Leaving Certificate Examination, 1916
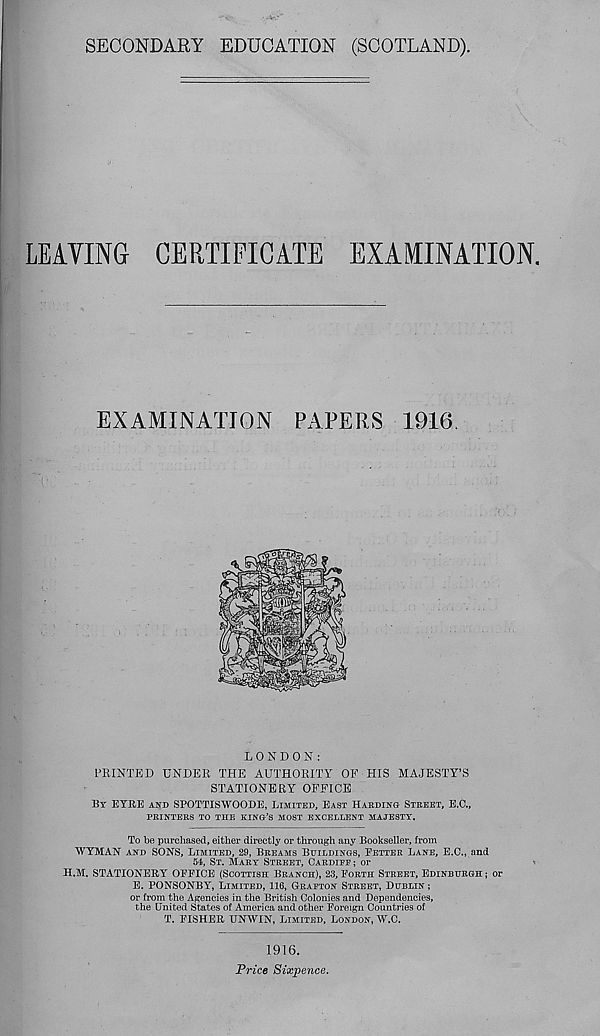
SECONDARY EDUCATION (SCOTLAND),
LEAVING CERTIFICATE EXAMINATION.
EXAMINATION PAPERS 1916.
LONDON:
PRINTED UNDER THE AUTHORITY OF HIS MAJESTY’S
STATIONERY OFFICE
BY EYRE AND SPOTTISWOODE, LIMITED, EAST HARDING STREET, E.C.,
PRINTERS TO THE KING’S MOST EXCEILENT MAJESTY.
To be purchased, either directly or through any Bookseller, from
WYMAN AND SONS, LIMITED, 29, BREAMS BUILDINGS, BETTER LANE, E.O., and
54t, ST. MARY STREET, CARDIFF; or
H.M. STATIONERY OFFICE (SCOTTISH BRANCH), 28, FORTH STREET, EDINBURGH ; or
E. PONSONBY, LIMITED, 116, GRAFTON STREET, DUBLIN ;
or from the Agencies in the British Colonies and Dependencies,
the United States of America and other Foreign Countries of
T. FISHER UNWIN, LIMITED, LONDON, W.C.
1916.
Price Sixpence.